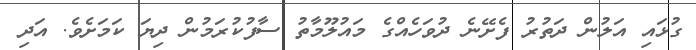
ގުޅައި އަލުން ދަތުރު ފެށޭނެ ދުވަހެއްގެ މައުލޫމާތު ސާފުކުރަމުން ދިޔަ ކަމަށެވެ. އަދި